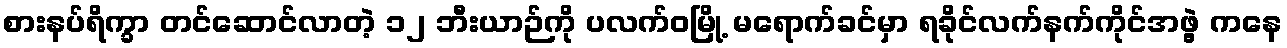
စားနပ်ရိက္ခာ တင်ဆောင်လာတဲ့ ၁၂ ဘီးယာဉ်ကို ပလက်ဝမြို့ မရောက်ခင်မှာ ရခိုင်လက်နက်ကိုင်အဖွဲ့ ကနေ